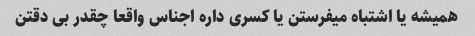
همیشه یا اشتباه میفرستن یا کسری داره اجناس واقعا چقدر بی دقتن